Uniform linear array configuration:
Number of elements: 12
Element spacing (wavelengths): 1
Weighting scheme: kaiser
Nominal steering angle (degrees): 45
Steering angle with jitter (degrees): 43.617
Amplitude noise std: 0.05
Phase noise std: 0.05

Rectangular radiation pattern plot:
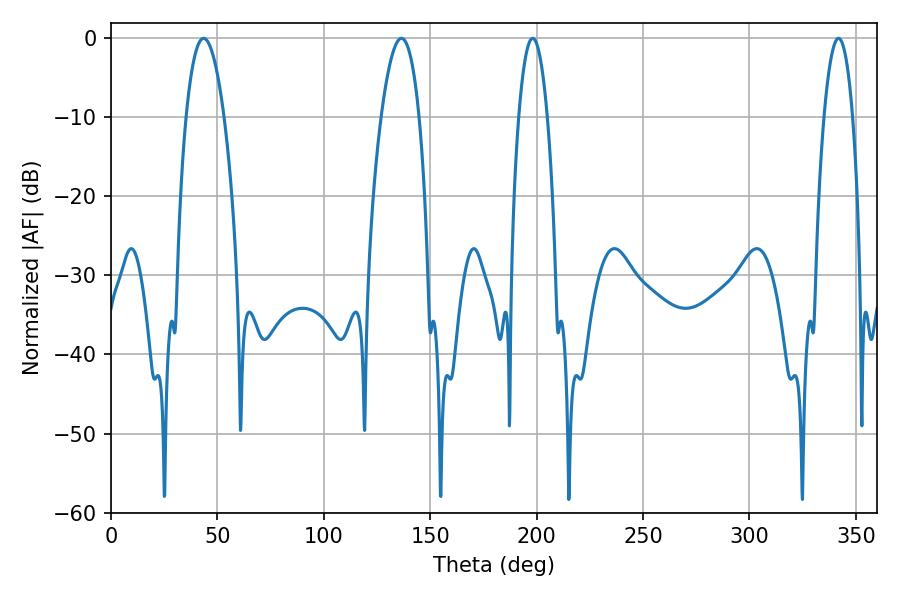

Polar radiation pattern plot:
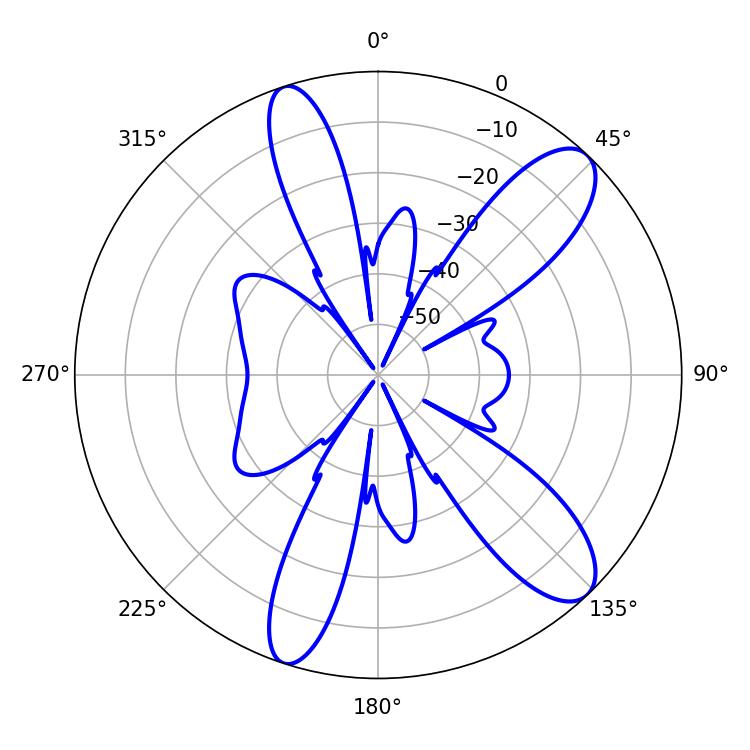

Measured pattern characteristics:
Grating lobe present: TRUE
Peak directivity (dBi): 10.788
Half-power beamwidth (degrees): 9.72
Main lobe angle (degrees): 43.56